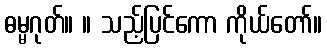
ဓမ္မဂုတ်။ ။ သည့်ပြင်ကော ကိုယ်တော်။